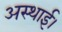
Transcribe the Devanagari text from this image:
अस्थाई।